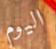
اليوم